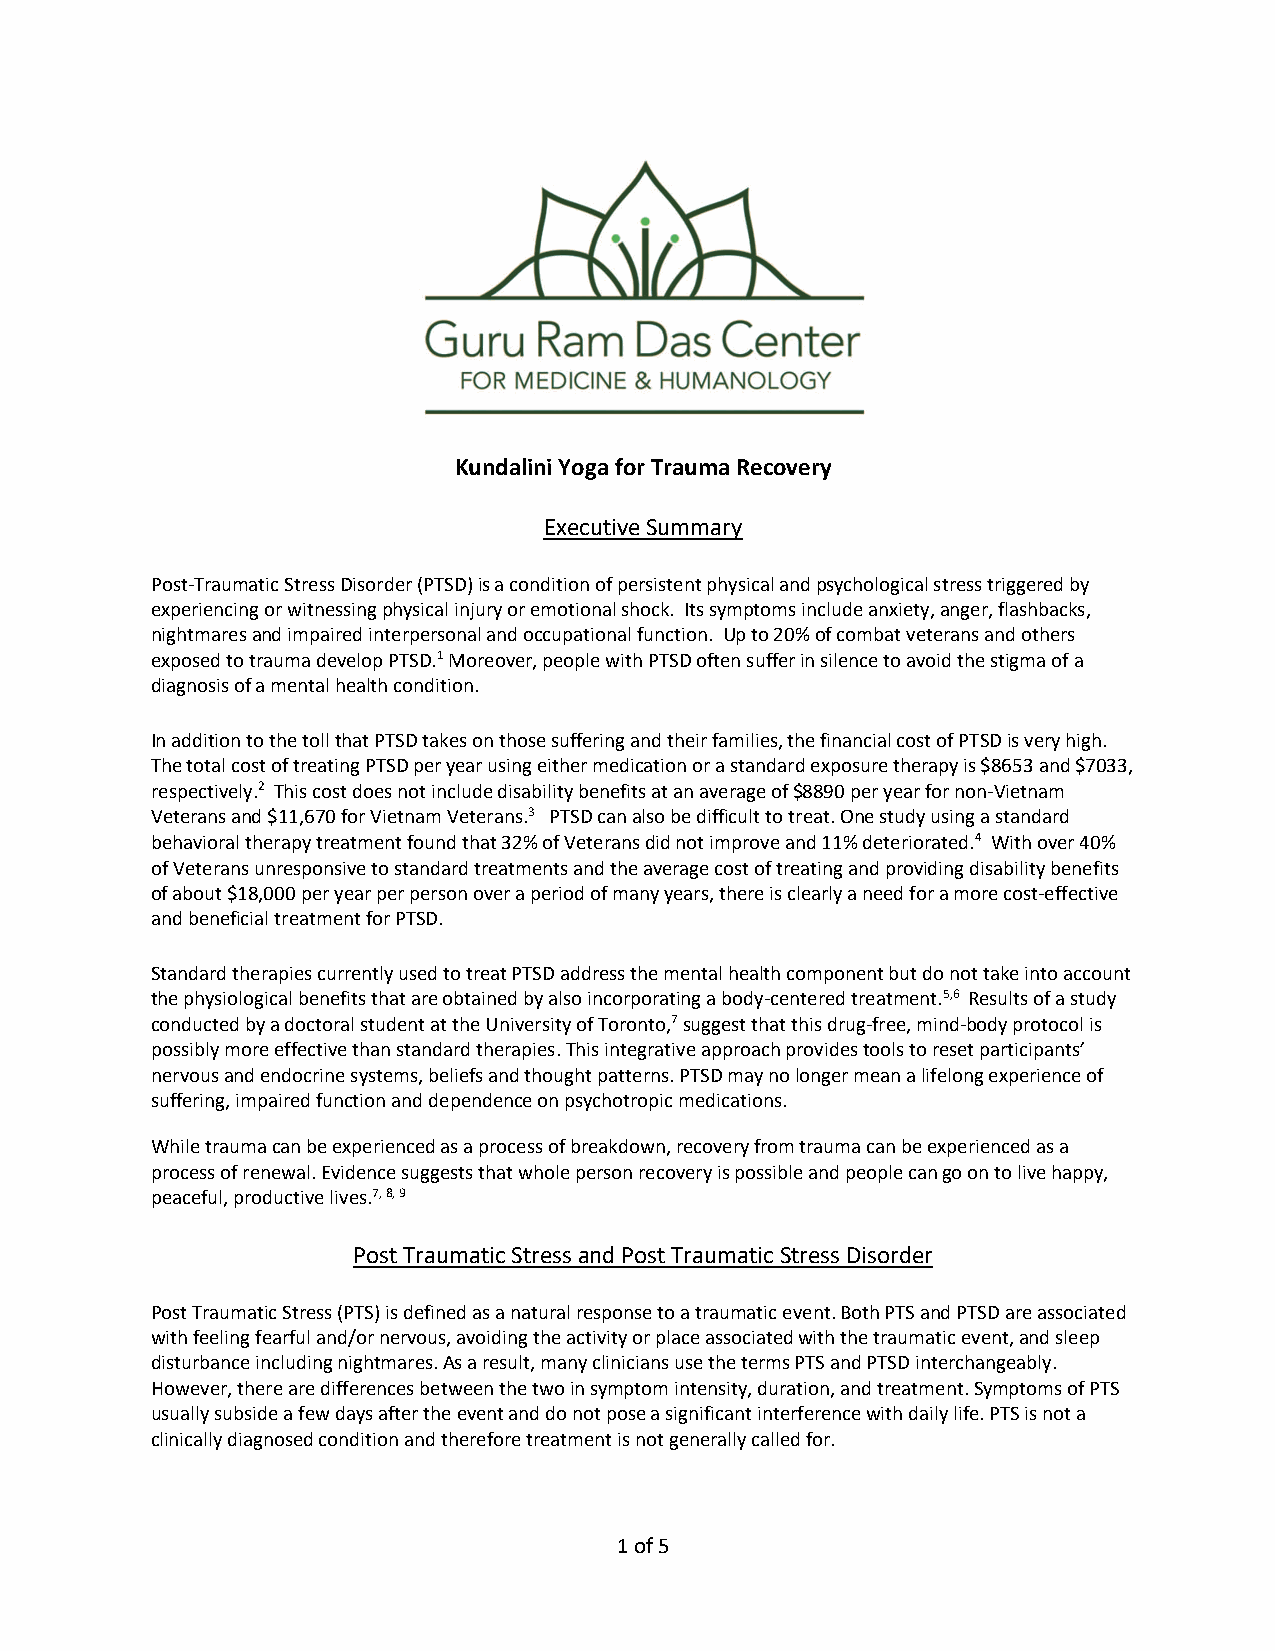
Kundalini Yoga for Trauma Recovery
 Executive Summary
 Post-Traumatic Stress Disorder (PTSD) is a condition of persistent physical and psychological stress triggered by
 experiencing or witnessing physical injury or emotional shock. Its symptoms include anxiety, anger, flashbacks,
 nightmares and impaired interpersonal and occupational function. Up to 20% of combat veterans and others
 exposed to trauma develop PTSD.1 Moreover, people with PTSD often suffer in silence to avoid the stigma of a
 diagnosis of a mental health condition.
 In addition to the toll that PTSD takes on those suffering and their families, the financial cost of PTSD is very high.
 The total cost of treating PTSD per year using either medication or a standard exposure therapy is $8653 and $7033,
 respectively.2 This cost does not include disability benefits at an average of $8890 per year for non-Vietnam
 Veterans and $11,670 for Vietnam Veterans.3 PTSD can also be difficult to treat. One study using a standard
 behavioral therapy treatment found that 32% of Veterans did not improve and 11% deteriorated.4 With over 40%
 of Veterans unresponsive to standard treatments and the average cost of treating and providing disability benefits
 of about $18,000 per year per person over a period of many years, there is clearly a need for a more cost-effective
 and beneficial treatment for PTSD.
 Standard therapies currently used to treat PTSD address the mental health component but do not take into account
 the physiological benefits that are obtained by also incorporating a body-centered treatment.5,6 Results of a study
 conducted by a doctoral student at the University of Toronto,7 suggest that this drug-free, mind-body protocol is
 possibly more effective than standard therapies. This integrative approach provides tools to reset participants’
 nervous and endocrine systems, beliefs and thought patterns. PTSD may no longer mean a lifelong experience of
 suffering, impaired function and dependence on psychotropic medications.
 While trauma can be experienced as a process of breakdown, recovery from trauma can be experienced as a
 process of renewal. Evidence suggests that whole person recovery is possible and people can go on to live happy,
 peaceful, productive lives.7, 8, 9
 Post Traumatic Stress and Post Traumatic Stress Disorder
 Post Traumatic Stress (PTS) is defined as a natural response to a traumatic event. Both PTS and PTSD are associated
 with feeling fearful and/or nervous, avoiding the activity or place associated with the traumatic event, and sleep
 disturbance including nightmares. As a result, many clinicians use the terms PTS and PTSD interchangeably.
 However, there are differences between the two in symptom intensity, duration, and treatment. Symptoms of PTS
 usually subside a few days after the event and do not pose a significant interference with daily life. PTS is not a
 clinically diagnosed condition and therefore treatment is not generally called for.
 1 of 5